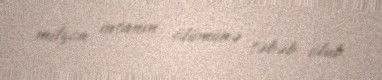
milyon insanın ölümünə səbəb olub.